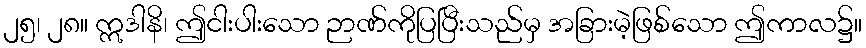
၂၅၊ ၂၈။ ဣဒါနိ၊ ဤငါးပါးသော ဉာဏ်ကိုပြပြီးသည်မှ အခြားမဲ့ဖြစ်သော ဤကာလ၌။